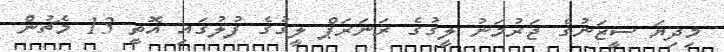
މިދިޔަ ސީޒަނުގެ ޖަރުމަނު ލީގުގެ ރަނަރަޕް ލީގުގެ ފުލުގައި އޮތީ 13 މެޗުން